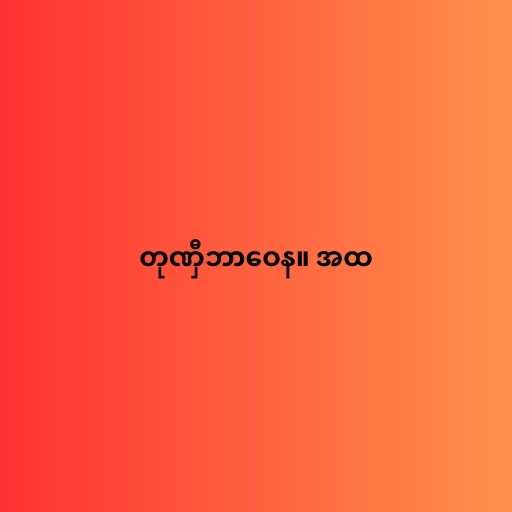
တုဏှီဘာဝေန။ အထ